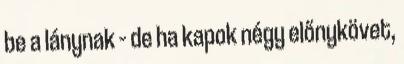
be a lánynak – de ha kapok négy előnykövet,